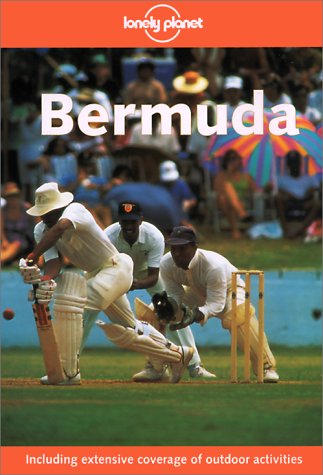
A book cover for Lonely Planet Bermuda; Glenda Bendure; Travel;